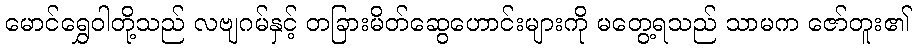
မောင်ရွှေဝါတို့သည် လဗျဂမ်နှင့် တခြားမိတ်ဆွေဟောင်းများကို မတွေ့ရသည် သာမက ဇော်တူး၏